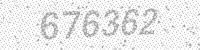
Solution: 676362